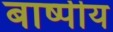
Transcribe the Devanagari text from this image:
बाष्पीय